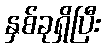
နှစ်ခုရှိပြီး